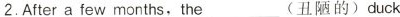
2.After a few months，the ___(丑陋的) duck